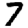
Digit: 7